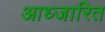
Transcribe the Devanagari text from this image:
आध्जारित